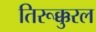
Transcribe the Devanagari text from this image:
तिरूक्कुरल